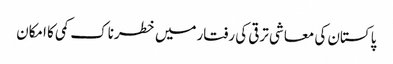
پاکستان کی معاشی ترقی کی رفتارمیں خطرناک کمی کا امکان